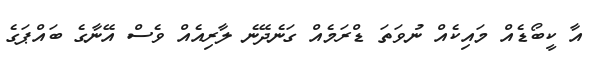
އާ ކީބޯޑެއް މައިކެއް ނުވަތަ ޑްރަމެއް ގަނެދޭނެ ލާރިއެއް ވެސް އޭނާގެ ބައްޕަގެ